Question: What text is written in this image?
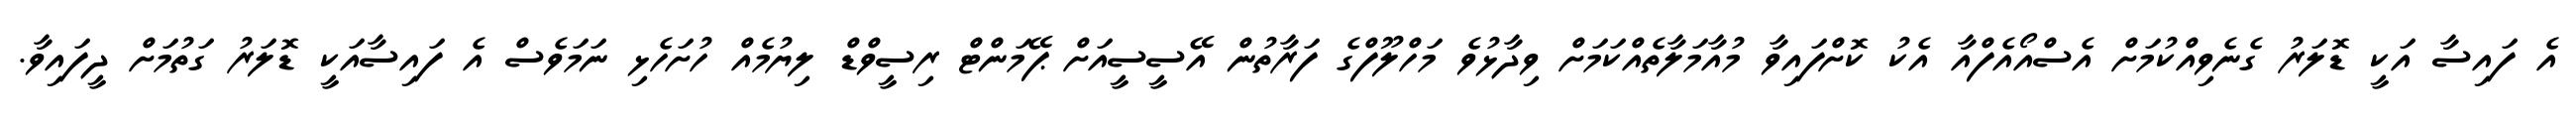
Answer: އެ ފައިސާ އަކީ ޑޮލަރު ގެނެވިއްކުމަށް އެސްއޯއެފްއާ އެކު ކޮށްފައިވާ މުއާމަލާތެއްކަމަށް ވިދާޅުވެ މަހްލޫފްގެ ފަރާތުން އޭސީސީއަށް ޕޭމަންޓް ރިސީވްޑް ލިޔުމެއް ހުށަހެޅި ނަމަވެސް އެ ފައިސާއަކީ ޑޮލަރު ގަތުމަށް ދީފައިވާ.